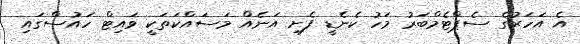
އެ އަހަރުގެ ސެޕްޓެމްބަރު މަހު ކެނެޑީ ފެށި އަނެއް މަސައްކަތަކީ ވައިޓް ހައުސްގައި